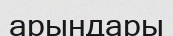
арындары